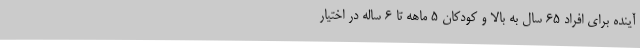
آینده برای افراد 65 سال به بالا و کودکان 5 ماهه تا 6 ساله در اختیار